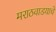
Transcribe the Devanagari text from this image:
मराठवाडयाचे